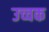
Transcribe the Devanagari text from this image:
उच्चक